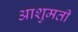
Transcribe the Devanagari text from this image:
आशुमती